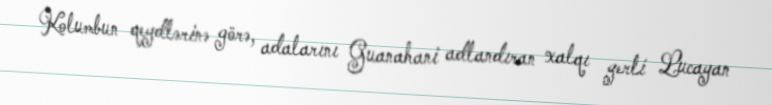
Kolumbun qeydlərinə görə, adalarını Guanahani adlandıran xalqı yerli Lucayan